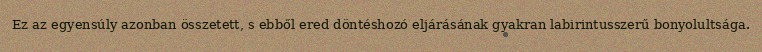
Ez az egyensúly azonban összetett, s ebből ered döntéshozó eljárásának gyakran labirintusszerű bonyolultsága.